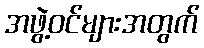
အဖွဲ့ဝင်များအတွက်